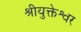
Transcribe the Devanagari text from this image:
श्रीयुक्तेश्वर